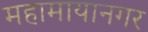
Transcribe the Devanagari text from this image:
महामायानगर